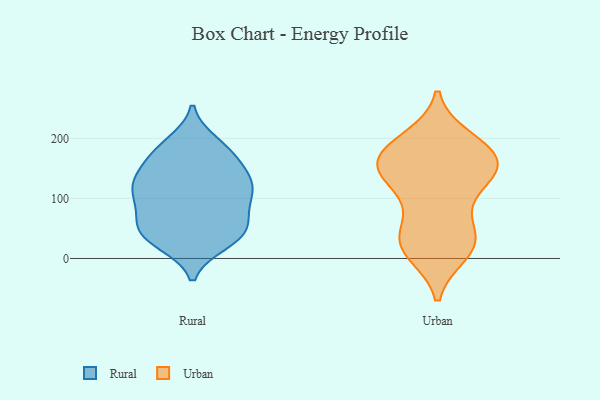
{"axis": {"x": "Operating Costs (USD K)", "y": "Value"}, "legend": ["Rural", "Urban"], "data": [{"x": "", "y": 191, "type": "Rural"}, {"x": "", "y": 124, "type": "Rural"}, {"x": "", "y": 115, "type": "Rural"}, {"x": "", "y": 62, "type": "Rural"}, {"x": "", "y": 93, "type": "Rural"}, {"x": "", "y": 133, "type": "Rural"}, {"x": "", "y": 35, "type": "Rural"}, {"x": "", "y": 44, "type": "Rural"}, {"x": "", "y": 64, "type": "Rural"}, {"x": "", "y": 36, "type": "Rural"}, {"x": "", "y": 176, "type": "Rural"}, {"x": "", "y": 43, "type": "Rural"}, {"x": "", "y": 135, "type": "Rural"}, {"x": "", "y": 96, "type": "Rural"}, {"x": "", "y": 27, "type": "Rural"}, {"x": "", "y": 179, "type": "Rural"}, {"x": "", "y": 106, "type": "Rural"}, {"x": "", "y": 170, "type": "Rural"}, {"x": "", "y": 132, "type": "Rural"}, {"x": "", "y": 198, "type": "Urban"}, {"x": "", "y": 48, "type": "Urban"}, {"x": "", "y": 142, "type": "Urban"}, {"x": "", "y": 146, "type": "Urban"}, {"x": "", "y": 159, "type": "Urban"}, {"x": "", "y": 116, "type": "Urban"}, {"x": "", "y": 28, "type": "Urban"}, {"x": "", "y": 191, "type": "Urban"}, {"x": "", "y": 180, "type": "Urban"}, {"x": "", "y": 28, "type": "Urban"}, {"x": "", "y": 95, "type": "Urban"}, {"x": "", "y": 178, "type": "Urban"}, {"x": "", "y": 163, "type": "Urban"}, {"x": "", "y": 143, "type": "Urban"}, {"x": "", "y": 33, "type": "Urban"}, {"x": "", "y": 10, "type": "Urban"}, {"x": "", "y": 150, "type": "Urban"}, {"x": "", "y": 14, "type": "Urban"}]}